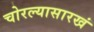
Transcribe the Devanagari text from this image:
चोरल्यासारखं